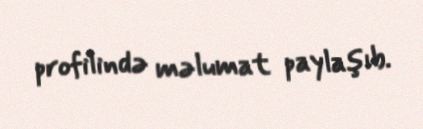
profilində məlumat paylaşıb.